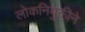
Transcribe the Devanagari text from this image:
लोकनियुक्तीने